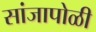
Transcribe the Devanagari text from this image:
सांजापोळी